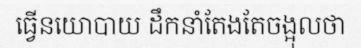
ធ្វើនយោបាយ ដឹកនាំតែងតែចង្អុលថា